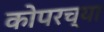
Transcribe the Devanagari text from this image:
कोपरच्या